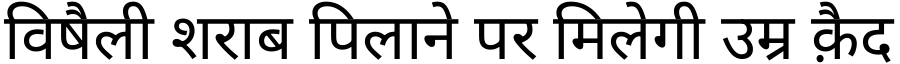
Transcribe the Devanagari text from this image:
विषैली शराब पिलाने पर मिलेगी उम्र क़ैद